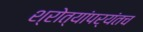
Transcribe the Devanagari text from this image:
श्रोत्यांपर्यंतच